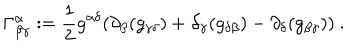
\Gamma _ { \beta \gamma } ^ { \alpha } : = \frac { 1 } { 2 } g ^ { \alpha \delta } ( \partial _ { \beta } ( g _ { \gamma \delta } ) + \partial _ { \gamma } ( g _ { \delta \beta } ) - \partial _ { \delta } ( g _ { \beta \gamma } ) ) \ .